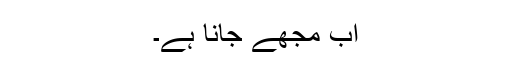
اب مجھے جانا ہے۔